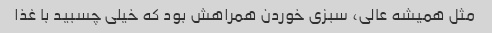
مثل همیشه عالی، سبزی خوردن همراهش بود که خیلی چسبید با غذا